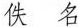
佚名